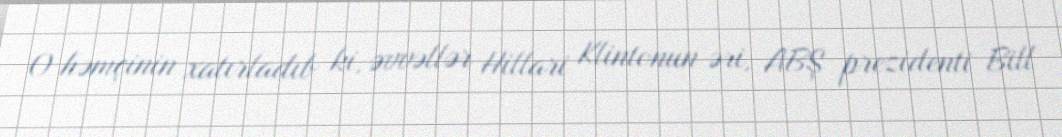
O həmçinin xatırladıb ki, əvvəllər Hillari Klintonun əri, ABŞ prezidenti Bill